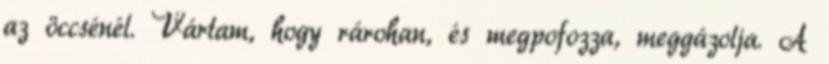
az öccsénél. Vártam, hogy rárohan, és megpofozza, meggázolja. A